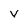
Character: v